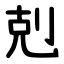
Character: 剋